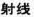
射线